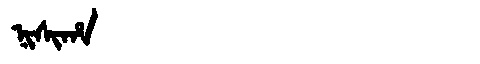
Manchu: ᠨᡳᠰᡳᡥᠠ
Romanization: NISIHA